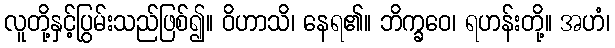
လူတို့နှင့်ပြွမ်းသည်ဖြစ်၍။ ဝိဟာသိ၊ နေရ၏။ ဘိက္ခဝေ၊ ရဟန်းတို့။ အဟံ၊